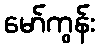
မော်ကွန်း